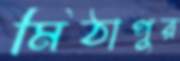
মিঠাপুর